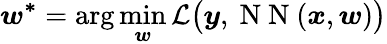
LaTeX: \boldsymbol{w^{*}}=\arg\operatorname*{min}_{\boldsymbol{w}}\mathcal{L}\big(\boldsymbol{y},\mathrm{~N~N~}(\boldsymbol{x},\boldsymbol{w})\big)